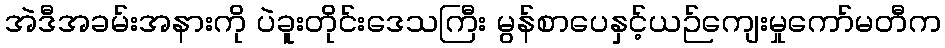
အဲဒီအခမ်းအနားကို ပဲခူးတိုင်းဒေသကြီး မွန်စာပေနှင့်ယဉ်ကျေးမှုကော်မတီက